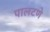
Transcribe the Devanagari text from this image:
पालटणे